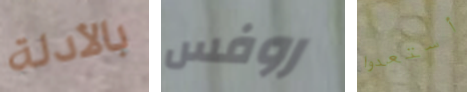
بالأدلة روفس أستعدوا